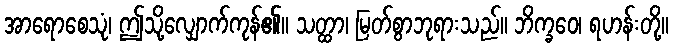
အာရောစေသုံ၊ ဤသို့လျှောက်ကုန်၏။ သတ္ထာ၊ မြတ်စွာဘုရားသည်။ ဘိက္ခဝေ၊ ရဟန်းတို့။